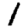
Digit: 1